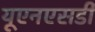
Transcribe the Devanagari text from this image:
यूएनएसडी